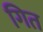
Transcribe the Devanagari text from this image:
गित